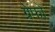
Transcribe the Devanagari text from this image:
ग्रेफो